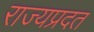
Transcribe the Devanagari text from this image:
राज्यप्रदत